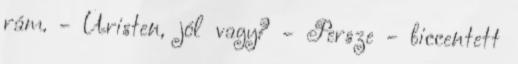
rám. - Úristen, jól vagy? - Persze - biccentett